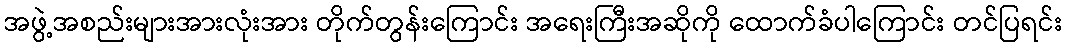
အဖွဲ့အစည်းများအားလုံးအား တိုက်တွန်းကြောင်း အရေးကြီးအဆိုကို ထောက်ခံပါကြောင်း တင်ပြရင်း